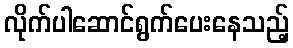
လိုက်ပါဆောင်ရွက်ပေးနေသည့်